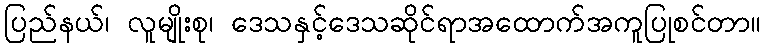
ပြည်နယ်၊ လူမျိုးစု၊ ဒေသနှင့်ဒေသဆိုင်ရာအထောက်အကူပြုစင်တာ။